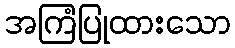
အကြံပြုထားသော